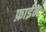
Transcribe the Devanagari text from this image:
फ़ाईन